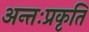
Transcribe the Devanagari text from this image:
अन्तःप्रकृति